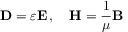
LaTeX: \mathbf { D } = \varepsilon \mathbf { E } \, , \quad \mathbf { H } = { \frac { 1 } { \mu } } \mathbf { B }